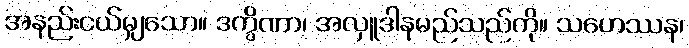
အနည်းငယ်မျှသော။ ဒက္ခိဏာ၊ အလှူဒါနမည်သည်ကို။ သဟေဿန၊